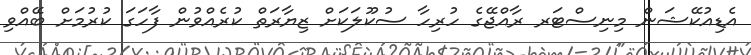
އެޑިއުކޭޝަން މިނިސްޓަރ ރާއްޖޭގެ ހުރިހާ ސުކޫލަކަށް ޒިޔާރަތް ކުރެއްވުން ފާހަގަ ކުރުމަށް ބޭއްވި